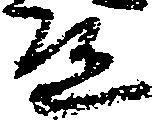
道